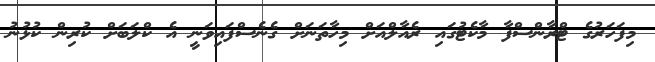
މިފަހަރުގެ ޓްރާންސްފާ މާކެޓުގައި ރެއާލްއަށް މިހާތަނަށް ގެނެސްފައިވަނީ އެ ކްލަބަށް ކުރިން ކުޅުނު